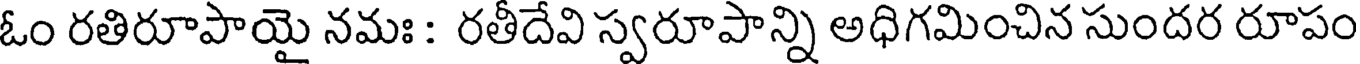
ఓం రతిరూపాయై నమః : రతీదేవి స్వరూపాన్ని అధిగమించిన సుందర రూపం